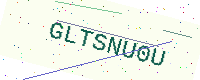
Text: GLTSNU0U